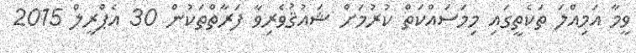
ވީމާ އަމިއްލަ ތަކެތީގައި މިމަސައްކަތް ކުރުމަށް ޝައުޤުވެރިވާ ފަރާތްތަކުން 30 އެޕްރީލް 2015